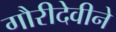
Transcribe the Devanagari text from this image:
गौरीदेवीने